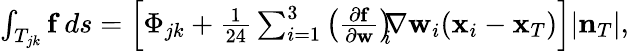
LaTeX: \begin{array}{r}{\int_{T_{jk}}{\mathbf f}\, ds=\left[\Phi_{jk}+\frac{1}{24}\sum_{i=1}^{3}\left(\frac{\partial{\mathbf f}}{\partial{\mathbf w}}\right)_{\! \! i}\! \! \nabla{\mathbf w}_{i}({\mathbf x}_{i}-{\mathbf x}_{T})\right]|{\mathbf n}_{T}|,}\end{array}